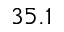
3 5 . 1